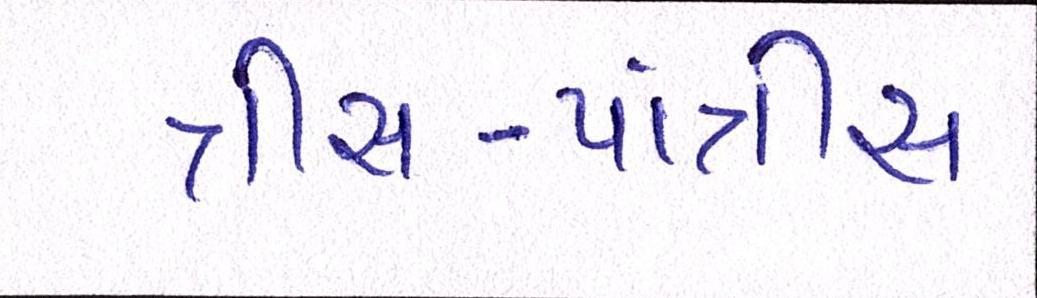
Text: ત્રીસ-પાંત્રીસ